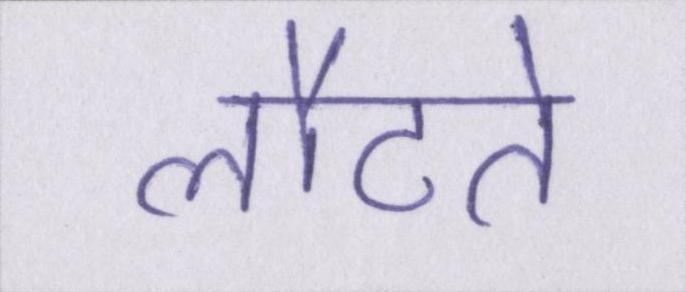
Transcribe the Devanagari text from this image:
लौटते